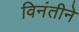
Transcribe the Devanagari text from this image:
विनंतीने